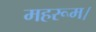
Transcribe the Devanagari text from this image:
महरूम।